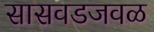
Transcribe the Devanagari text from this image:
सासवडजवळ